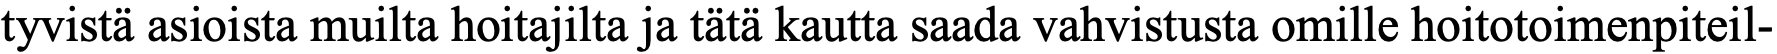
tyvistä asioista muilta hoitajilta ja tätä kautta saada vahvistusta omille hoitotoimenpiteil-